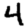
Digit: 4